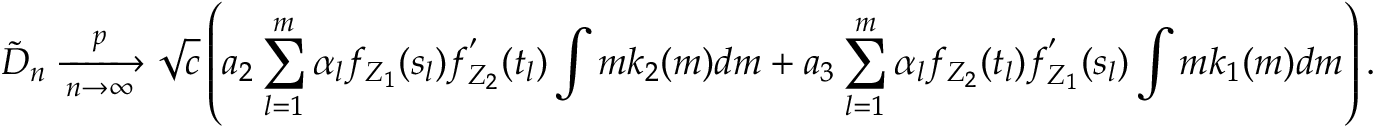
\tilde { D } _ { n } \xrightarrow [ n \to \infty ] { p } \sqrt { c } \left( a _ { 2 } \sum _ { l = 1 } ^ { m } \alpha _ { l } f _ { Z _ { 1 } } ( s _ { l } ) f _ { Z _ { 2 } } ^ { ' } ( t _ { l } ) \int m k _ { 2 } ( m ) d m + a _ { 3 } \sum _ { l = 1 } ^ { m } \alpha _ { l } f _ { Z _ { 2 } } ( t _ { l } ) f _ { Z _ { 1 } } ^ { ' } ( s _ { l } ) \int m k _ { 1 } ( m ) d m \right) .